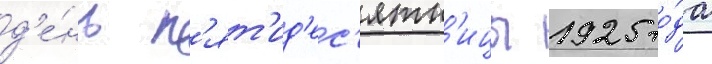
д'е́нь п'ят'ид'ес'ятн'ицы 1925 го́да